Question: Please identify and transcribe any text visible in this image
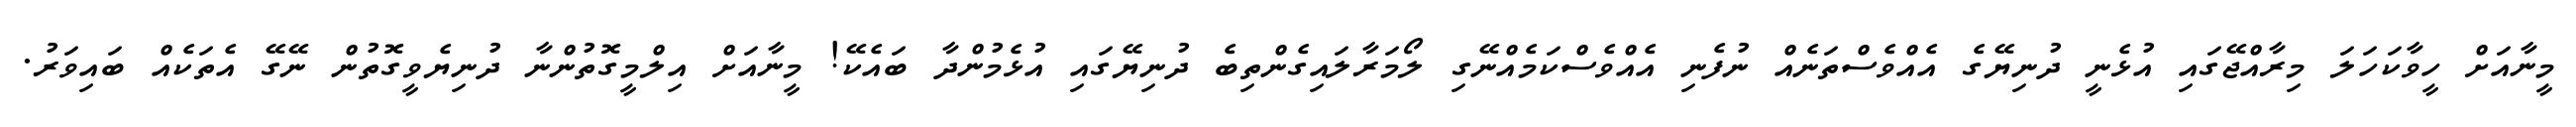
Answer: މީނާއަށް ހީވާކަހަލަ މިރާއްޖޭގައި އުޅެނީ ދުނިޔޭގެ އެއްވެސްތަނެއް ނުފެނި އެއްވެސްކަމެއްނޭގި ލޯމަރާލައިގެންތިބެ ދުނިޔޭގައި އުޅެމުންދާ ބައެކޭ! މީނާއަށް އިލްމީގޮތުންނާ ދުނިޔެވީގޮތުން ނޭގޭ އެތަކެއް ބައިވަރު.